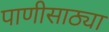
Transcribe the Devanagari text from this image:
पाणीसाठ्या